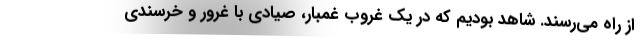
از راه مي‌رسند. شاهد بوديم كه در يك غروب غمبار، صيادي با غرور و خرسندي